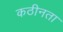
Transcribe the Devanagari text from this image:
कठीनता